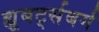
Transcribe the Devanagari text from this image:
ह्यूबर्ट्सबर्ग